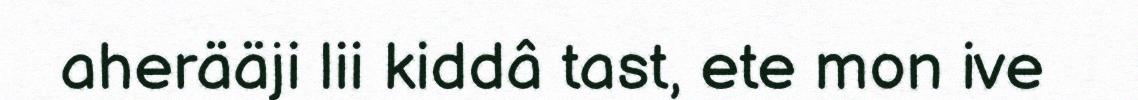
aherääji lii kiddâ tast, ete mon ive